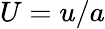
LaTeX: U=u/a